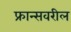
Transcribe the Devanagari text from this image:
फ्रान्सवरील